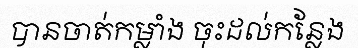
បានចាត់កម្លាំង ចុះដល់កន្លែង